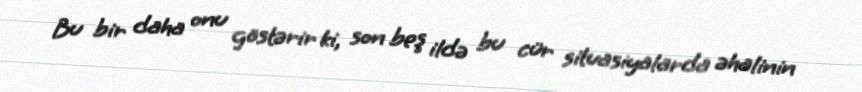
Bu bir daha onu göstərir ki, son beş ildə bu cür situasiyalarda əhalinin